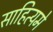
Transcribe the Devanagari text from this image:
साहित्यमे